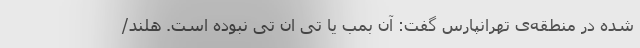
شده در منطقه‌ی تهرانپارس گفت: آن بمب یا تی ان تی نبوده است. هلند/